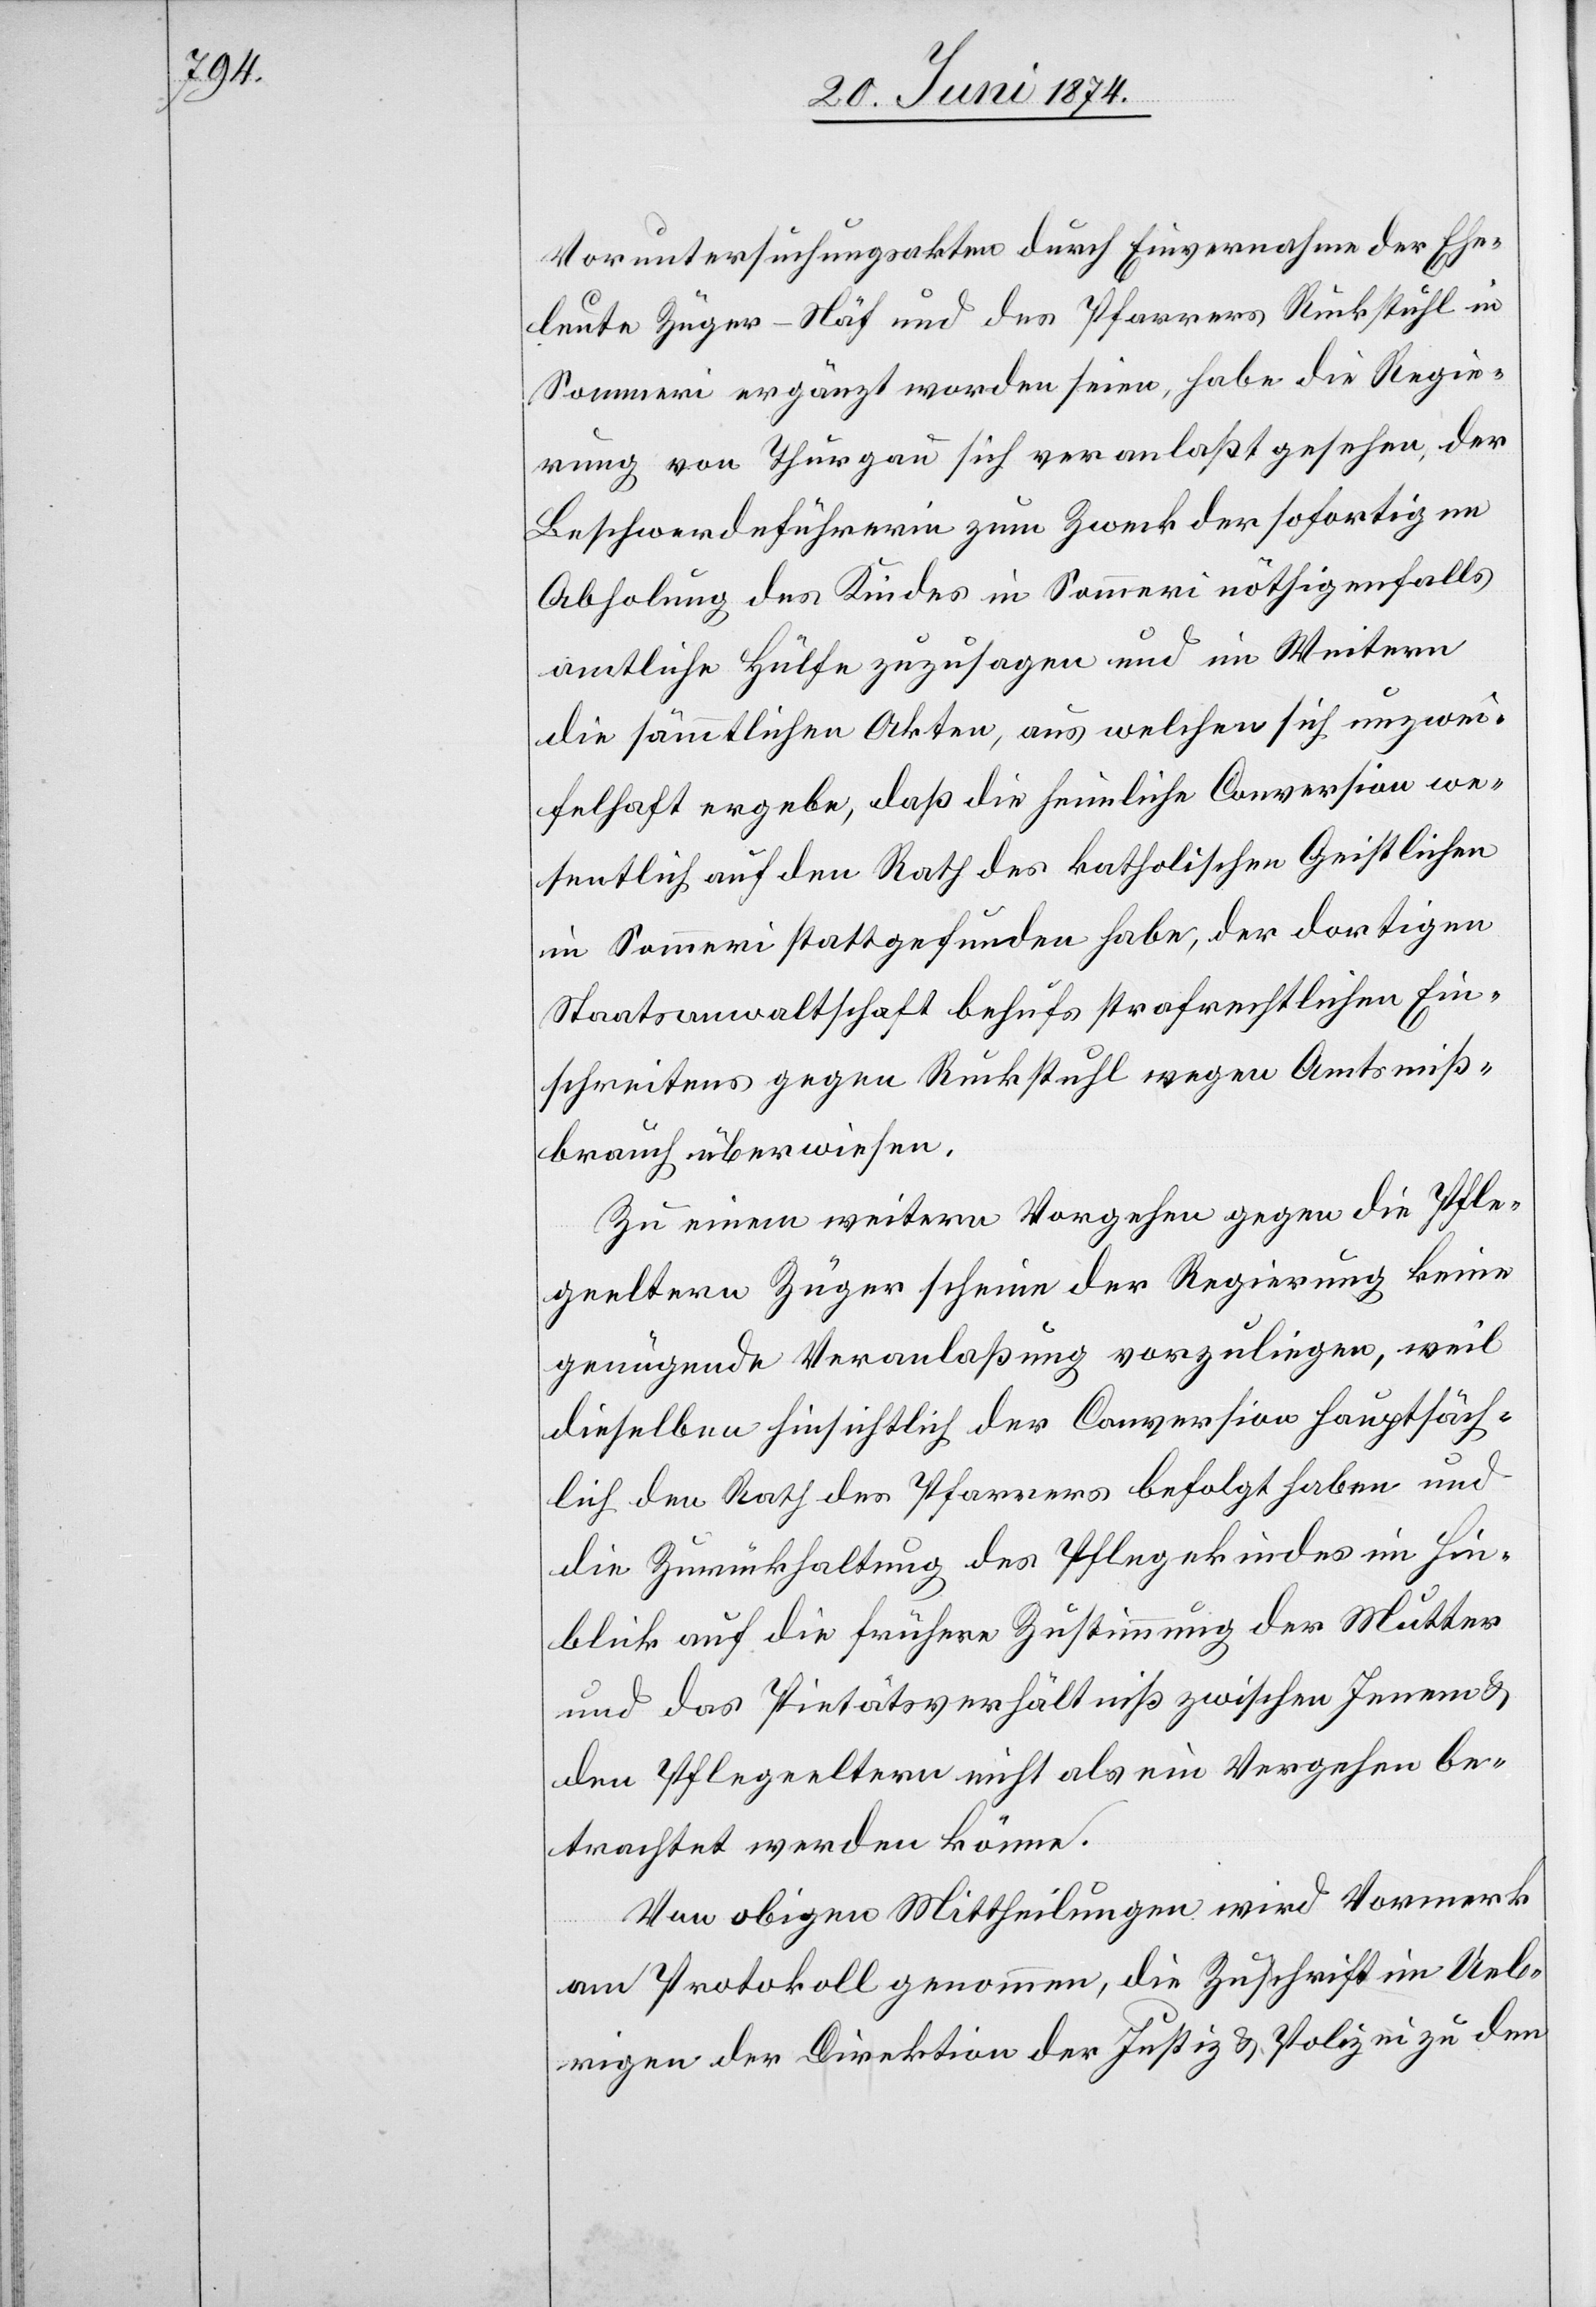
Voruntersuchungsakten durch Einvernahme der Ehe¬
leute Züger-Näf und des Pfarrers Ruckstuhl in
Sommeri ergänzt worden seien, habe die Regie¬
rung von Thurgau sich veranlaßt gesehen, der
Beschwerdeführerin zum Zweck der sofortigen
Abholung des Kindes in Sommeri nöthigenfalls
amtliche Hülfe zuzusagen und im Weitern
die sämmtlichen Akten, aus welchen sich unzwei¬
felhaft ergebe, daß die heimliche Conversion we¬
sentlich auf den Rath des katholischen Geistlichen
in Sommeri stattgefunden habe, der dortigen
Staatsanwaltschaft behufs strafrechtlichen Ein¬
schreitens gegen Ruckstuhl wegen Amtsmiß¬
brauch überwiesen.
Zu einem weitern Vorgehen gegen die Pfle¬
geeltern Züger scheine der Regierung keine
genügende Veranlaßung vorzuliegen, weil
dieselben hinsichtlich der Conversion hauptsäch¬
lich den Rath des Pfarrers befolgt haben und
die Zurückhaltung des Pflegekindes im Hin¬
blick auf die frühere Zustimmung der Mutter
und das Pietätsverhältniß zwischen Jenem u.
den Pflegeeltern nicht als ein Vergehen be¬
trachtet werden könne.
Von obigen Mittheilungen wird Vormerk
am Protokoll genommen, die Zuschrift im Ueb¬
rigen der Direktion der Justiz u. Polizei zu den